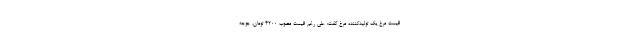
قیمت مرغ یک تولیدکننده مرغ گفت: علی رغم قیمت مصوب 4200 تومان، جوجه